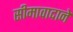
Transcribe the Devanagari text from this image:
सीमावादाने